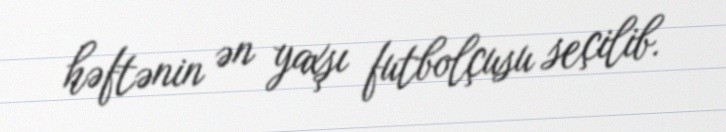
həftənin ən yaxşı futbolçusu seçilib.